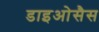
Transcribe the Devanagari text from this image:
डाइओसैस